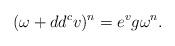
LaTeX: \begin{align*}(\omega + dd^c v)^n = e^v g \omega^n.\end{align*}